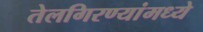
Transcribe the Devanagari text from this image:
तेलगिरण्यांमध्ये